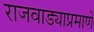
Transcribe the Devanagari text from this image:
राजवाड्याप्रमाणे